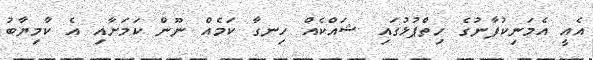
އެއީ އެމަނިކުފާނުގެ ހިތްޕުޅުގައި ޝައްކެއް ހިނގާ ކަމެއް ނޫން ކަމަށާއި އެ ކާމިޔާބު